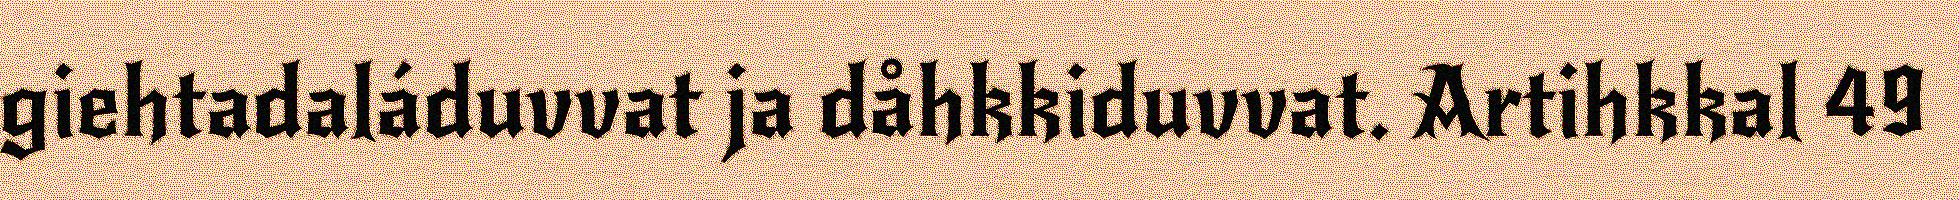
giehtadaláduvvat ja dåhkkiduvvat. Artihkkal 49